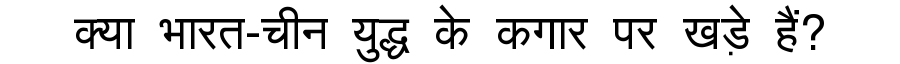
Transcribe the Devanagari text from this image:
क्या भारत-चीन युद्ध के कगार पर खड़े हैं?